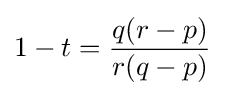
1-t={\frac {q(r-p)}{r(q-p)}}